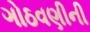
ગોઠવણીની